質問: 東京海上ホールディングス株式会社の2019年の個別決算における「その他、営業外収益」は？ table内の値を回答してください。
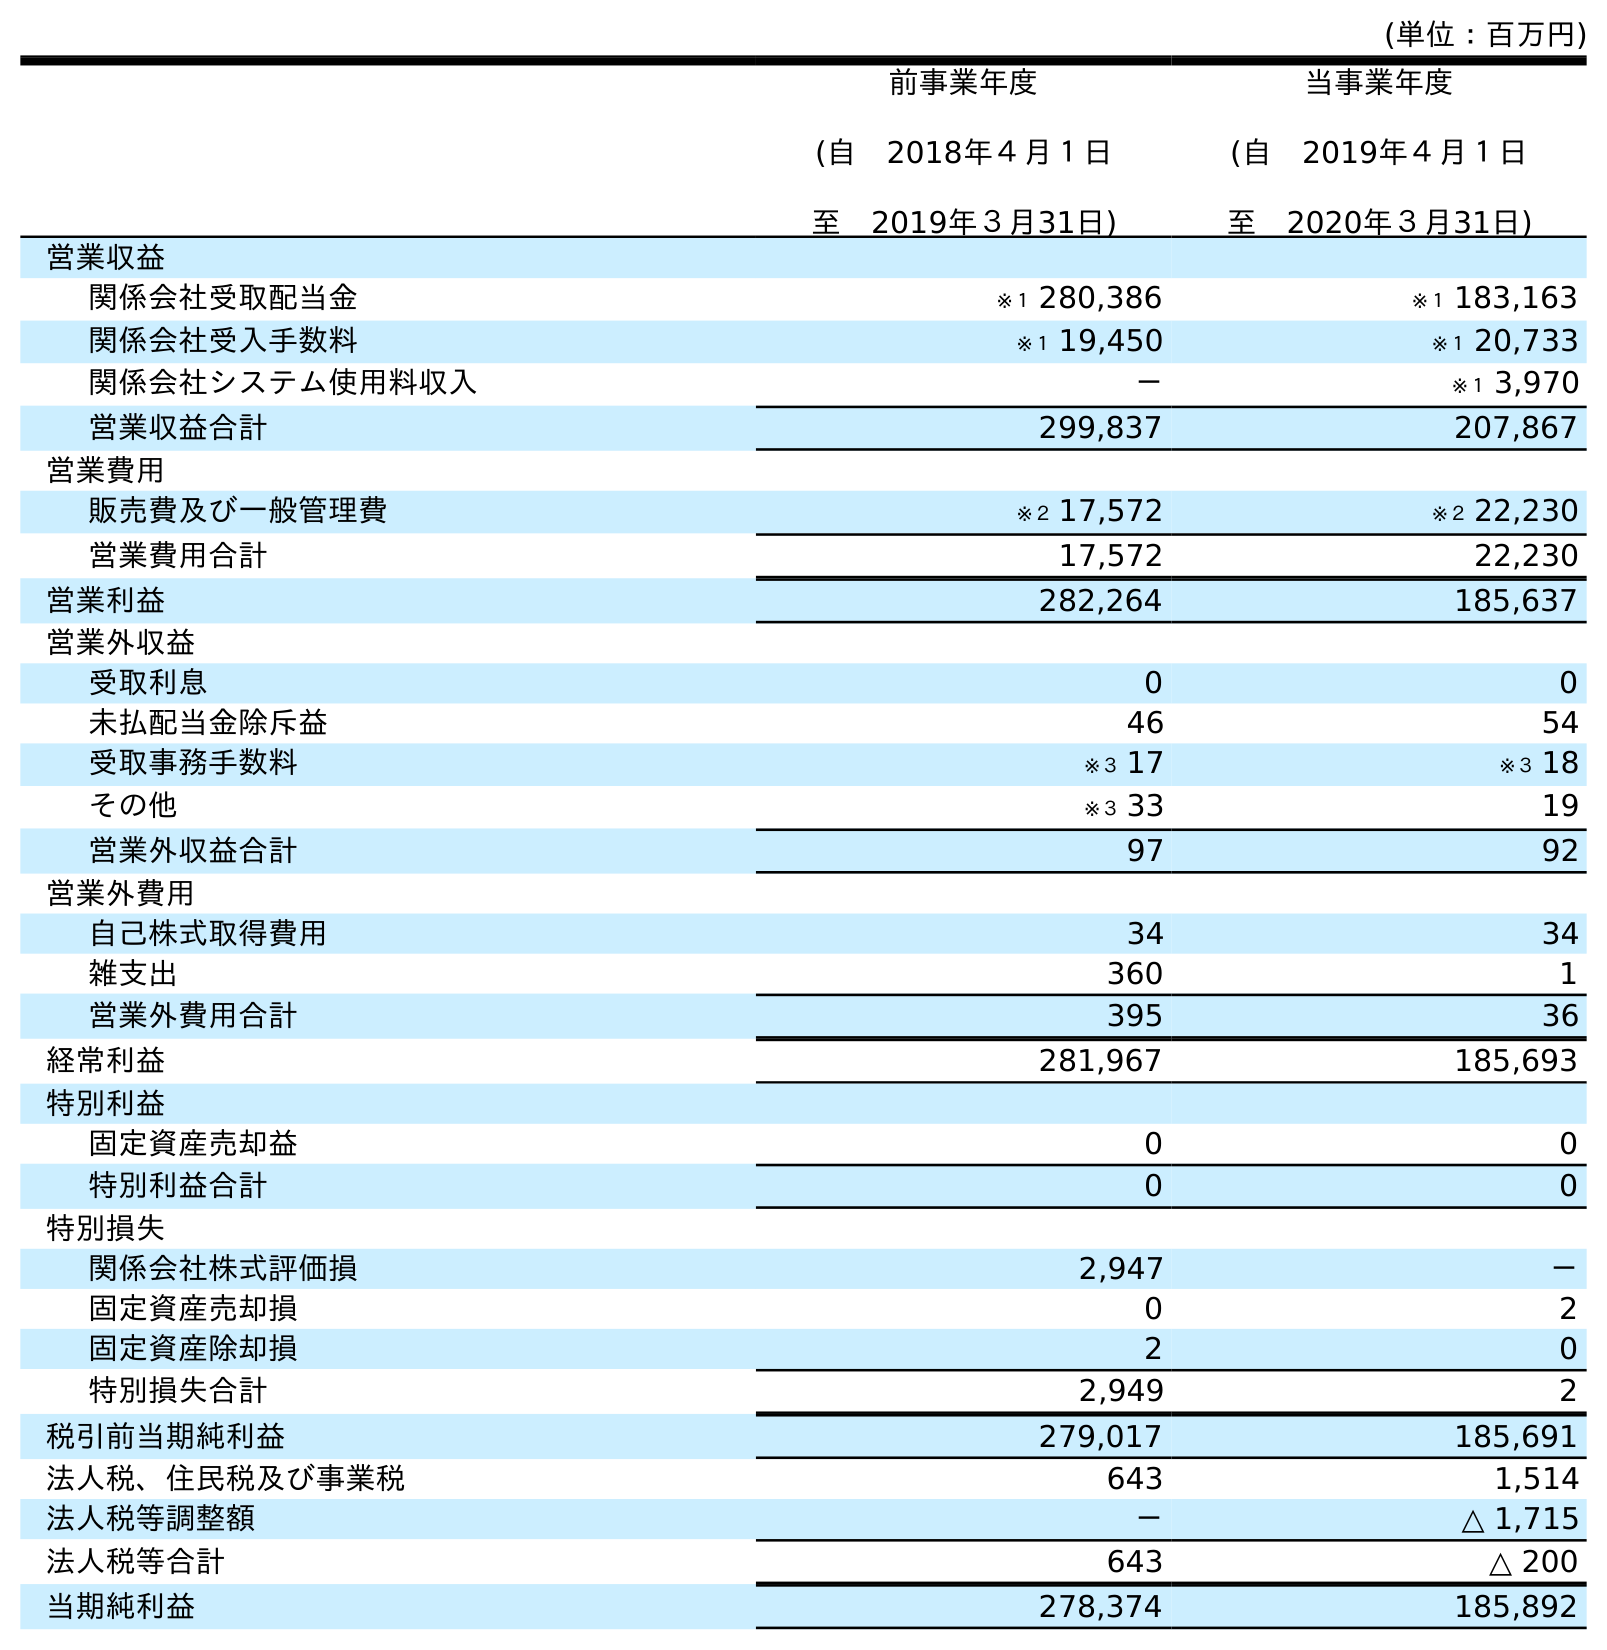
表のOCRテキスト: (単位：百万円) 前事業年度 (自 2018年４月１日 至 2019年３月31日) 当事業年度 (自 2019年４月１日 至 2020年３月31日) 営業収益 関係会社受取配当金 ※１ 280,386 ※１ 183,163 関係会社受入手数料 ※１ 19,450 ※１ 20,733 関係会社システム使用料収入 － ※１ 3,970 営業収益合計 299,837 207,867 営業費用 販売費及び一般管理費 ※２ 17,572 ※２ 22,230 営業費用合計 17,572 22,230 営業利益 282,264 185,637 営業外収益 受取利息 0 0 未払配当金除斥益 46 54 受取事務手数料 ※３ 17 ※３ 18 その他 ※３ 33 19 営業外収益合計 97 92 営業外費用 自己株式取得費用 34 34 雑支出 360 1 営業外費用合計 395 36 経常利益 281,967 185,693 特別利益 固定資産売却益 0 0 特別利益合計 0 0 特別損失 関係会社株式評価損 2,947 － 固定資産売却損 0 2 固定資産除却損 2 0 特別損失合計 2,949 2 税引前当期純利益 279,017 185,691 法人税、住民税及び事業税 643 1,514 法人税等調整額 － △ 1,715 法人税等合計 643 △ 200 当期純利益 278,374 185,892
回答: ※３33